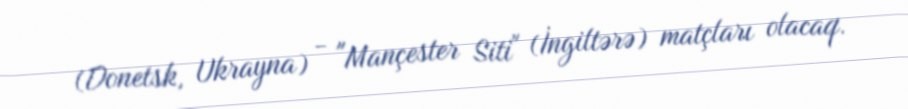
(Donetsk, Ukrayna) - "Mançester Siti" (İngiltərə) matçları olacaq.